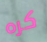
كره